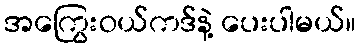
အကြွေးဝယ်ကဒ်နဲ့ ပေးပါမယ်။